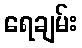
ရေချမ်း